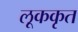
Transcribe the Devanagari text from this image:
लूककृत